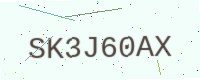
Text: SK3J60AX